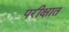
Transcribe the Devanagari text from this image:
परीक्षात